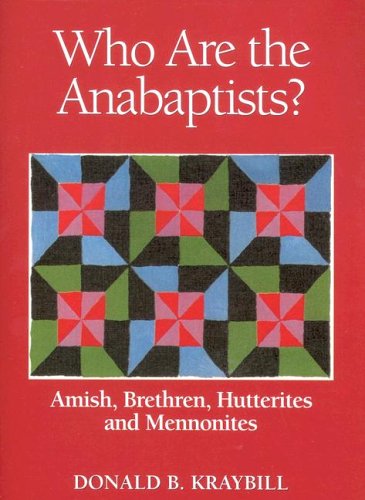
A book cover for Who Are the Anabaptists: Amish, Brethren, Hutterites, and Mennonites; KRAYBILL DONALD; Christian Books & Bibles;